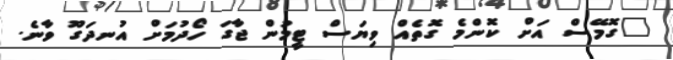
"ގޮމޭސް އަށް ކޮންމެ ގޮތެއް ވިޔަސް ޓީމުން ޖާގަ ހޯދުމަށް އުނދަގޫ ވާނެ.